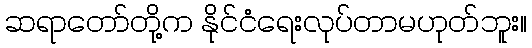
ဆရာတော်တို့က နိုင်ငံရေးလုပ်တာမဟုတ်ဘူး။